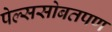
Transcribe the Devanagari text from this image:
पेल्ससोबतपण